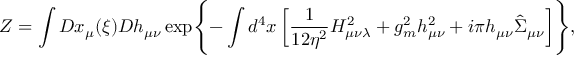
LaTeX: { \cal Z } = \int { \cal D } x _ { \mu } ( \xi ) { \cal D } h _ { \mu \nu } \exp \Biggl \{ - \int d ^ { 4 } x \left[ \frac 1 { 1 2 \eta ^ { 2 } } H _ { \mu \nu \lambda } ^ { 2 } + g _ { m } ^ { 2 } h _ { \mu \nu } ^ { 2 } + i \pi h _ { \mu \nu } \hat { \Sigma } _ { \mu \nu } \right] \Biggr \} ,